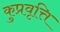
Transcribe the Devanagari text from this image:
कुप्रवृत्ति